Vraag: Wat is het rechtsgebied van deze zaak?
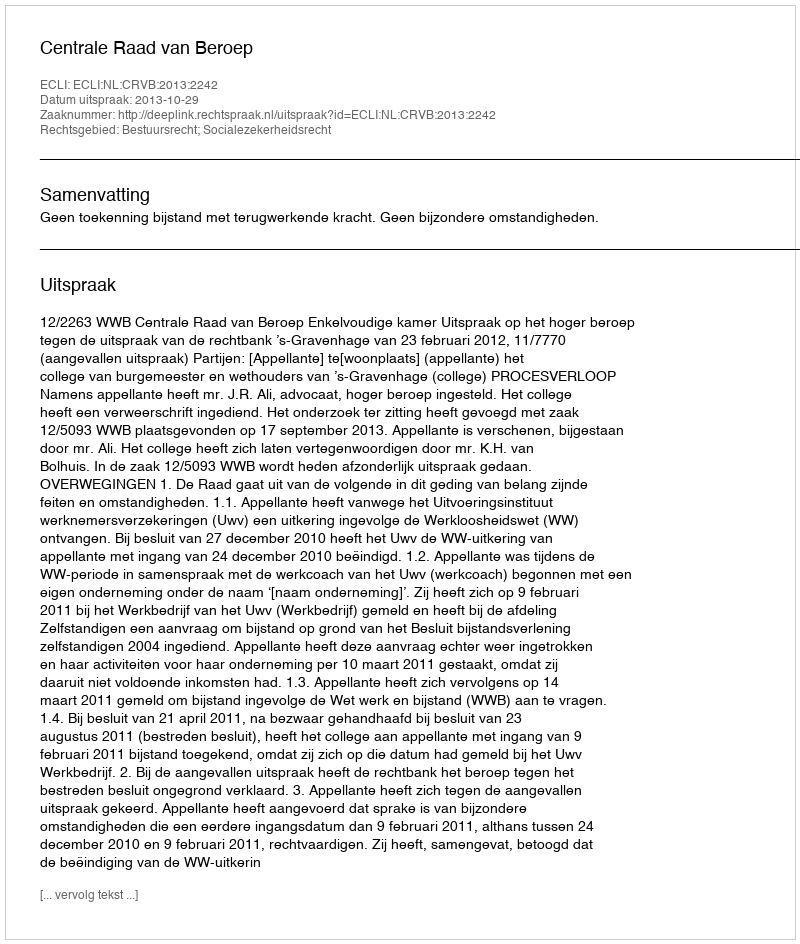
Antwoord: Bestuursrecht; Socialezekerheidsrecht